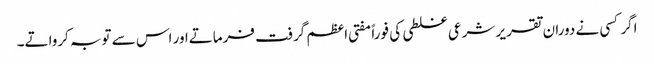
اگر کسی نے دوران تقریر شرعی غلطی کی فوراً مفتی اعظم گرفت فرماتےاور اس سے توبہ کرواتے۔